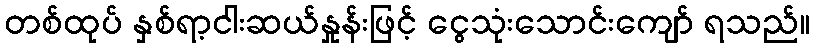
တစ်ထုပ် နှစ်ရာ့ငါးဆယ်နှုန်းဖြင့် ငွေသုံးသောင်းကျော် ရသည်။